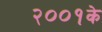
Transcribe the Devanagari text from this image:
२००१के